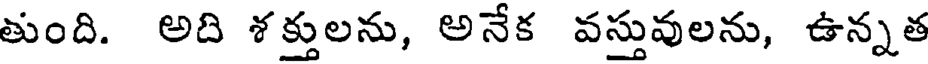
తుంది. అది శక్తులను, అనేక వస్తువులను, ఉన్నత